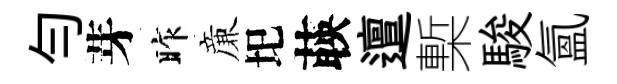
勻芽昨亷圯𦴤邅槧駿氲